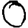
Digit: 0